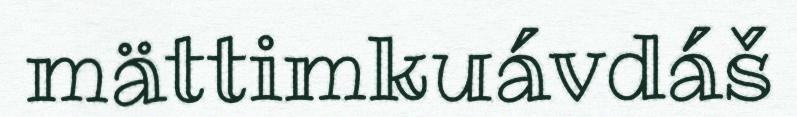
mättimkuávdáš